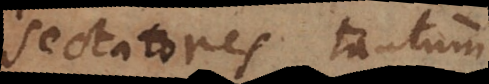
sectatores tantum